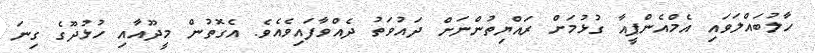
ހާލުބައްލަވައި އެމްއެންޕީއާ ގުޅުމަށް ރައްޔިތުންނަށް ދައުވަތު ދެއްވާފައިވެއެވެ. އެގޮތުން މީދޫއާއި ހުޅުދޫގެ ގިނަ